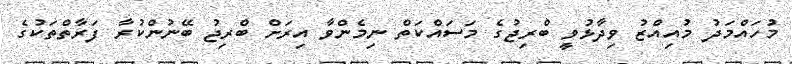
މުހައްމަދު މުއިއްޒު ވިދާޅުވީ ބްރިޖުގެ މަސައްކަތް ނިމެންވާ އިރަށް ބްރިޖު ބޭނުންކުރާ ފަރާތްތަކުގެ